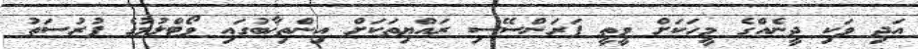
އަދި ވަކި ދީނެއްގެ މީހަކަށް ވީތީ ފަރަންސޭސި ރައްޔިތަކަށް އިންތިޚާބުގައި ވޯޓްލުމުގެ ފުރުސަތު